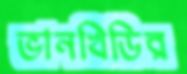
ভানখিডির